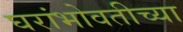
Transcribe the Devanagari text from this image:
घरांभोवतीच्या